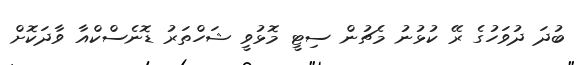
ބުދަ ދުވަހުގެ ރޭ ކުޅުނު މެޗުން ސިޓީ މޮޅުވީ ޝަހްތަރު ޑޮނެސްކްއާ ވާދަކޮށް